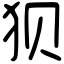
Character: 狈